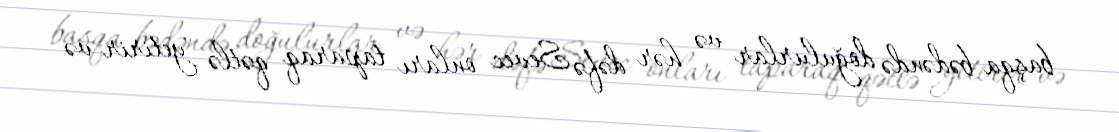
başqa bədəndə doğulurlar və hər dəfə Sevec onları taparaq qətlə yetirir və